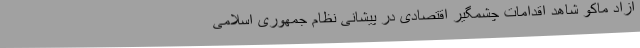
ازاد ماکو شاهد اقدامات چشمگیر اقتصادی در پیشانی نظام جمهوری اسلامی